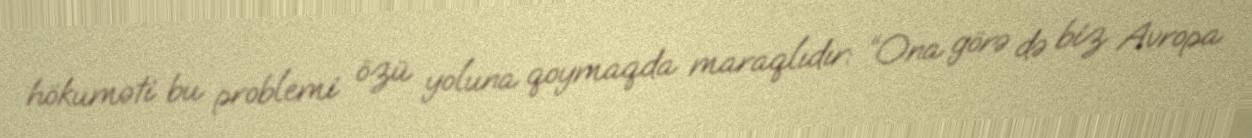
hökuməti bu problemi özü yoluna qoymaqda maraqlıdır: “Ona görə də biz Avropa